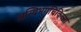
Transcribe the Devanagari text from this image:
अस्थिभंगचिकित्सा